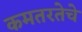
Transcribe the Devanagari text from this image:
कमतरतेचे